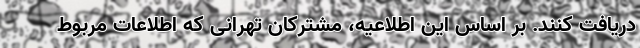
دریافت کنند. بر اساس این اطلاعیه، مشترکان تهرانی که اطلاعات مربوط